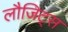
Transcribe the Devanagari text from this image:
लौजिट्स